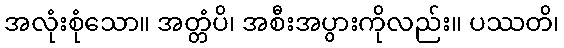
အလုံးစုံသော။ အတ္တံပိ၊ အစီးအပွားကိုလည်း။ ပဿတိ၊